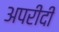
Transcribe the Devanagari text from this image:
अपरीदी